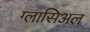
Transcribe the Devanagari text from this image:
ग्लासिअल